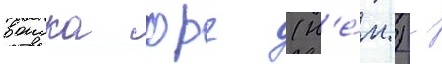
воиска фрг (н'е́м.) -